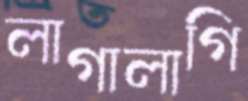
লাগালাগি